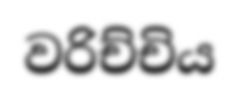
වරිච්චිය